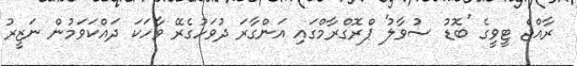
ރާއްޖެ ޓީވީގެ 'ބޮޑު ސުވާލު' ޕްރޮގްރާމްގައި އަންގާރަ ދުވަހުގެރޭ ވާހަކަ ދައްކަވަމުން ނަޒީރު